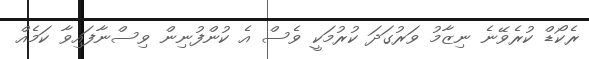
ރެކޯޑް ކުރެވޭނެ ނިޒާމު ވަރުގަދަ ކުރުމަކީ ވެސް އެ ކުންފުނިން ވިސްނާފައިވާ ކަމެއް